Indian journal of veterinary science and animal husbandry - Volume 4,
Year: 1934
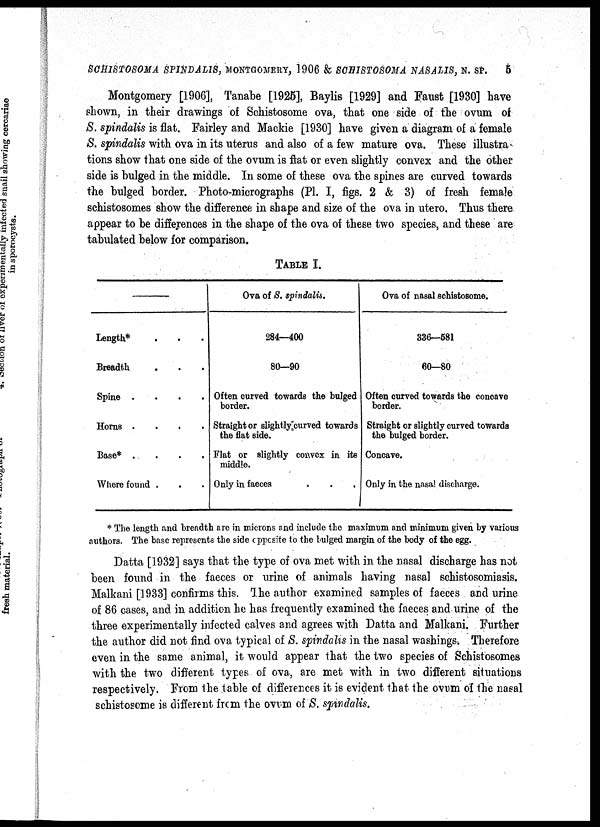
SCHISTOSOMA SPINDALIS, MONTGOMERY, 1906 & SCHISTOSOMA NASALIS, N. SP.
6
Montgomery [1906], Tanabe [1925], Baylis [1929] and Faust [1930] have
shown, in their drawings of Schistosome ova, that one side of the ovum of
S. spindalis is flat. Fairley and Mackie [1930] have given a diagram of a female
S. spindalis with ova in its uterus and also of a few mature ova. These illustra-
tions show that one side of the ovum is flat or even slightly convex and the other
side is bulged in the middle. In some of these ova the spines are curved towards
the bulged border. Photo-micrographs (Pl. I, figs. 2 & 3) of fresh female
schistosomes show the difference in shape and size of the ova in utero. Thus there
appear to be differences in the shape of the ova of these two species, and these are
tabulated below for comparison.
TABLE I.
—
Length* . . .
Breadth . . .
Spine
.
.
.
.
Horns
.
.
.
.
Base*
.
.
.
.
Where found . . .
Ova of S. spindalis.
284—400
80—90
Often curved towards the bulged
border.
Straight or slightly curved towards
the flat side.
Flat or slightly convex in its
middle.
Only in faeces . . .
Ova of nasal schistosome.
336—581
60—80
Often curved towards the concave
border.
Straight or slightly curved towards
the bulged border.
Concave.
Only in the nasal discharge.
* The length and breadth are in microns and include the maximum and minimum given by various
authors. The base represents the side opposite to the bulged margin of the body of the egg.
Datta [1932] says that the type of ova met with in the nasal discharge has not
been found in the faeces or urine of animals having nasal schistosomiasis.
Malkani [1933] confirms this. The author examined samples of faeces and urine
of 86 cases, and in addition he has frequently examined the faeces and urine of the
three experimentally infected calves and agrees with Datta and Malkani. Further
the author did not find ova typical of S. spindalis in the nasal washings. Therefore
even in the same animal, it would appear that the two species of Schistosomes
with the two different types of ova, are met with in two different situations
respectively. From the table of differences it is evident that the ovum of the nasal
schistosome is different from the ovum of S. spindalis.